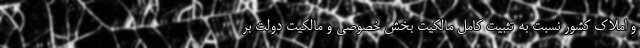
و املاک کشور نسبت به تثبیت کامل مالکیت بخش خصوصی و مالکیت دولت بر